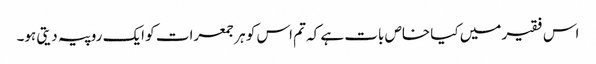
اس فقیر میں کیا خاص بات ہے کہ تم اس کو ہر جمعرات کو ایک روپیہ دیتی ہو۔